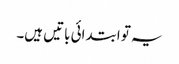
یہ تو ابتدائی باتیں ہیں۔